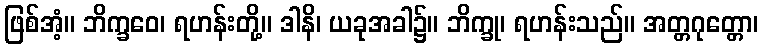
ဖြစ်အံ့။ ဘိက္ခဝေ၊ ရဟန်းတို့။ ဒါနိ၊ ယခုအခါ၌။ ဘိက္ခု၊ ရဟန်းသည်။ အတ္တဂုတ္တော၊